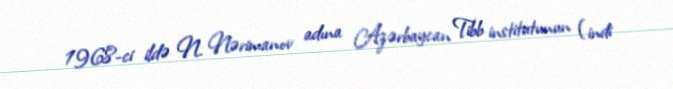
1968-ci ildə N. Nərimanov adına Azərbaycan Tibb institutunun (indi